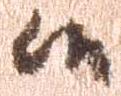
候